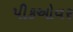
પીકઓવર